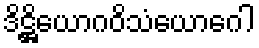
ဒိဋ္ဌိယောဂဝိသံယောဂေါ